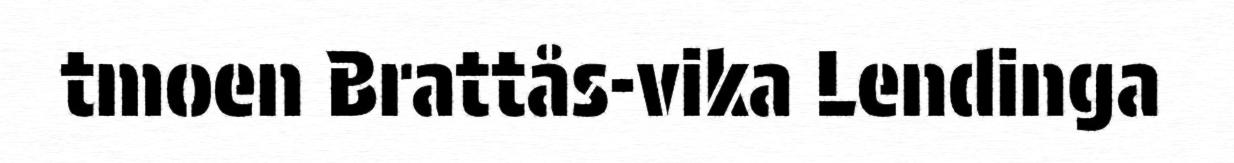
tmoen Brattås-vika Lendinga